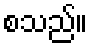
စသည်။